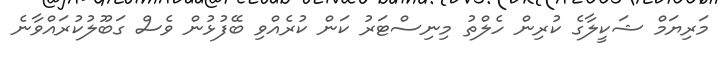
މަރިިޔަމް ޝަކީލާގެ ކުރިން ހެލްތު މިނިސްޓަރު ކަން ކުރެއްވި ބޭފުޅުން ވެސް ގަބޫލުކުރައްވާނެ